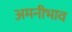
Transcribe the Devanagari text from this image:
अमनीभाव